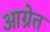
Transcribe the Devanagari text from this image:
आग्नेत